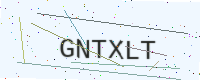
Text: GNTXLT